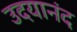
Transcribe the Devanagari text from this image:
उदयानंद